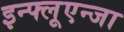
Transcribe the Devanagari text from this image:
इन्फ्लूएन्जा